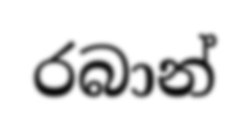
රබාන්